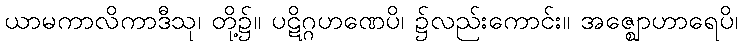
ယာမကာလိကာဒီသု၊ တို့၌။ ပဋိဂ္ဂဟဏေပိ၊ ၌လည်းကောင်း။ အဇ္ဈောဟာရေပိ၊